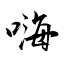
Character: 嗨